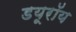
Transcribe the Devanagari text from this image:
डयूरॉय